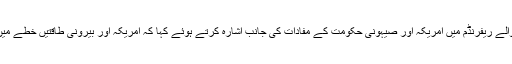
آپ نے عراقی کردستان کے علاقے میں ہونے والے ریفرنڈم میں امریکہ اور صیہونی حکومت کے مفادات کی جانب اشارہ کرتے ہوئے کہا کہ امریکہ اور بیرونی طاقتیں خطے میں نیا اسرائیل قائم کرنے کی کوشش کر رہی ہیں۔